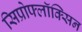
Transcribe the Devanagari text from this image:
सिप्रोफ्लॉक्सिन